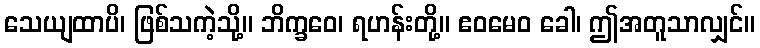
သေယျထာပိ၊ ဖြစ်သကဲ့သို့။ ဘိက္ခဝေ၊ ရဟန်းတို့။ ဧဝမေဝ ခေါ၊ ဤအတူသာလျှင်။